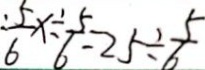
\frac { 5 } { 6 } x \div \frac { 5 } { 6 } = 2 5 \div \frac { 5 } { 6 }